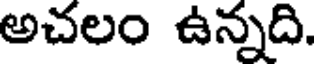
అచలం ఉన్నది.